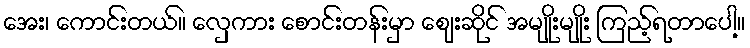
အေး၊ ကောင်းတယ်။ လှေကား စောင်းတန်းမှာ ဈေးဆိုင် အမျိုးမျိုး ကြည့်ရတာပေါ့။